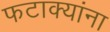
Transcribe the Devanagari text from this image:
फटाक्यांना